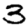
Digit: 3